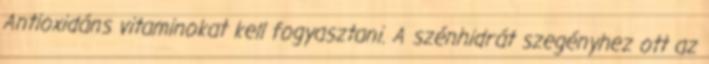
Antioxidáns vitaminokat kell fogyasztani. A szénhidrát szegényhez ott az